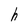
Character: h